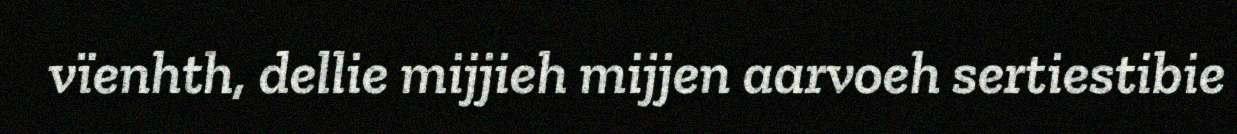
vïenhth, dellie mijjieh mijjen aarvoeh sertiestibie